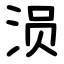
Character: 涢